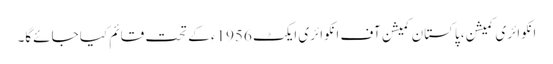
انکوائری کمیشن، پاکستان کمیشن آف انکوائری ایکٹ 1956ء کے تحت قائم کیا جائےگا۔